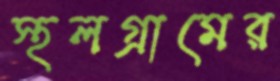
স্থলগ্রামের